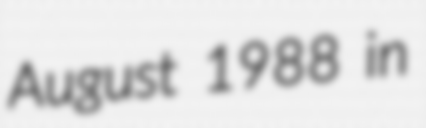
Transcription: August 1988 in